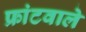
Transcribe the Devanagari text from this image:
फ्रांटवाले